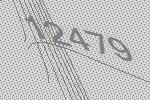
12479